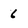
Character: 6